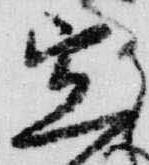
宣